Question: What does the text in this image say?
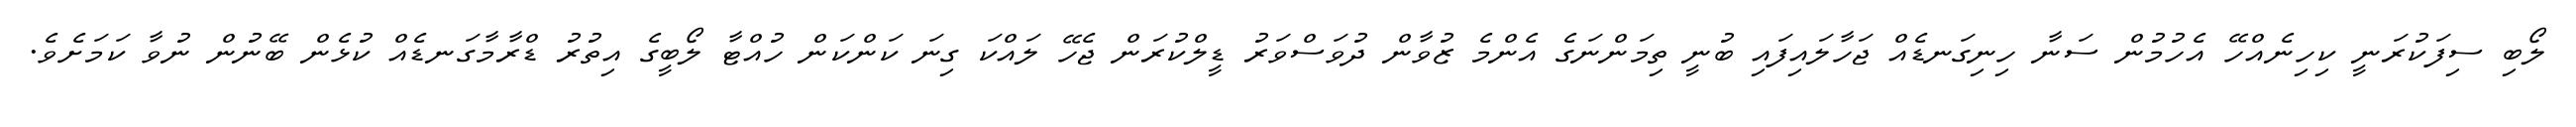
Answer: ލޯބި ސިފަކުރަނީ ކިހިނެއްހޭ އެހުމުން ސަނާ ހިނިގަނޑެއް ޖަހާލައިފައި ބުނީ ތިމަންނަގެ އެންމެ ޒުވާން ދުވަސްވަރު ޑީލްކުރަން ޖެހޭ ލައްކަ ގިނަ ކަންކަން ހުއްޓާ ލޯބީގެ އިތުރު ޑްރާމާގަނޑެއް ކުޅެން ބޭނުން ނުވާ ކަމަށެވެ.